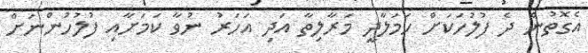
އެގޮތުން ދެ ފުލުހަކަށް ހަމަލާދީ މަރާލިތާ އަދި އަހަރު ނުވާ ކަމަށާއި ފުލުހުންނަށް